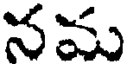
నమ